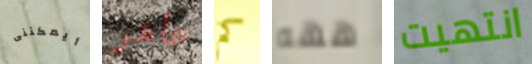
أيمكننى عاهر كم ههه انتهيت